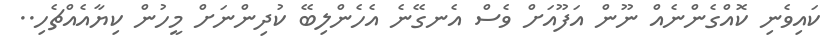
ކައިވެނި ކޮއްގެންނެއް ނޫން އަފޫއަށް ވެސް އެނގޭނެ އެހެންލިބޭ ކުދިންނަށް މީހުން ކިޔާއެއްޗެހި..